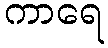
ကာရေ